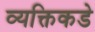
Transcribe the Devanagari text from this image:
व्यक्तिकडे